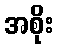
အစိုး